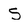
Character: S